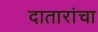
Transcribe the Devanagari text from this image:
दातारांचा